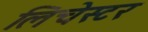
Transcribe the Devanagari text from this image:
लिचेस्टर